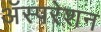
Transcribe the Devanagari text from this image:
अॅस्परेशन